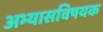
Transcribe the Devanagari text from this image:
अभ्यासविषयक